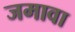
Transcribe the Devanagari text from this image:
जमावा